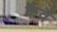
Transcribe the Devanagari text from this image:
कैवै